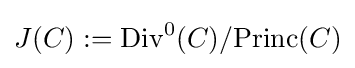
J(C):=\mathrm {Div} ^{0}(C)/\mathrm {Princ} (C)